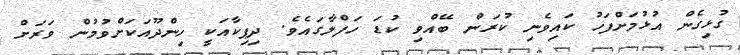
ގުޅިގެން އުޅުމަށްފަހު ކައިވެނި ކުރަން ބޭއްވި ކުޑަ ހަފްލާގައެވެ. ދިޕިކާއަކީ ހިންދޫއަކަށްވުމުން ވަރަށް